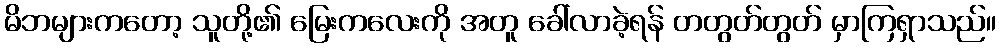
မိဘများကတော့ သူတို့၏ မြေးကလေးကို အတူ ခေါ်လာခဲ့ရန် တတွတ်တွတ် မှာကြရှာသည်။